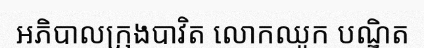
អភិបាលក្រុងបាវិត លោកឈូក បណ្ឌិត